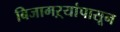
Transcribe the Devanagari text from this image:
बिजागऱ्यांपासून